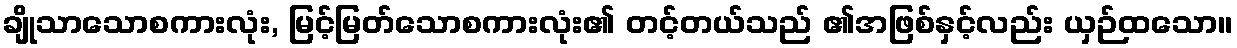
ချိုသာသောစကားလုံး, မြင့်မြတ်သောစကားလုံး၏ တင့်တယ်သည် ၏အဖြစ်နှင့်လည်း ယှဉ်ထသော။